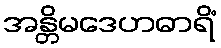
အန္တိမဒေဟဓာရိံ